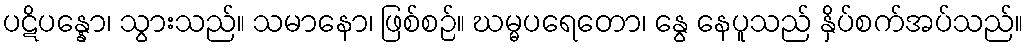
ပဋိပန္နော၊ သွားသည်။ သမာနော၊ ဖြစ်စဉ်။ ဃမ္မပရေတော၊ နွေ နေပူသည် နှိပ်စက်အပ်သည်။